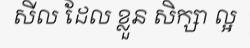
សីល ដែល ខ្លួន សិក្សា ល្អ